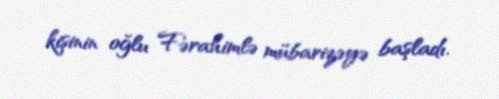
kişinin oğlu Fərahimlə mübarizəyə başladı.